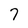
Character: 7